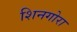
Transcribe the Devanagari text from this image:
शिनगोरा